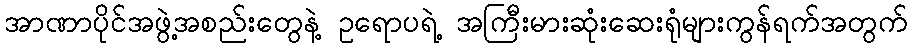
အာဏာပိုင်အဖွဲ့အစည်းတွေနဲ့ ဥရောပရဲ့ အကြီးမားဆုံးဆေးရုံများကွန်ရက်အတွက်